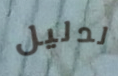
لدليل